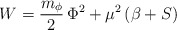
\begin{align*}W=\frac{m_\phi}{2}\,\Phi^2+\mu^2\left(\beta+S\right)\end{align*}